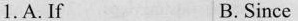
1.A.If B.Since